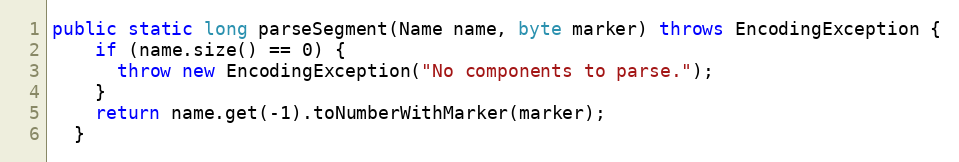
Language: Java
public static long parseSegment(Name name, byte marker) throws EncodingException {
    if (name.size() == 0) {
      throw new EncodingException("No components to parse.");
    }
    return name.get(-1).toNumberWithMarker(marker);
  }